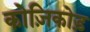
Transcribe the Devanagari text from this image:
कोज़िकोड़